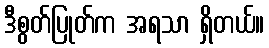
ဒီစွတ်ပြုတ်က အရသာ ရှိတယ်။